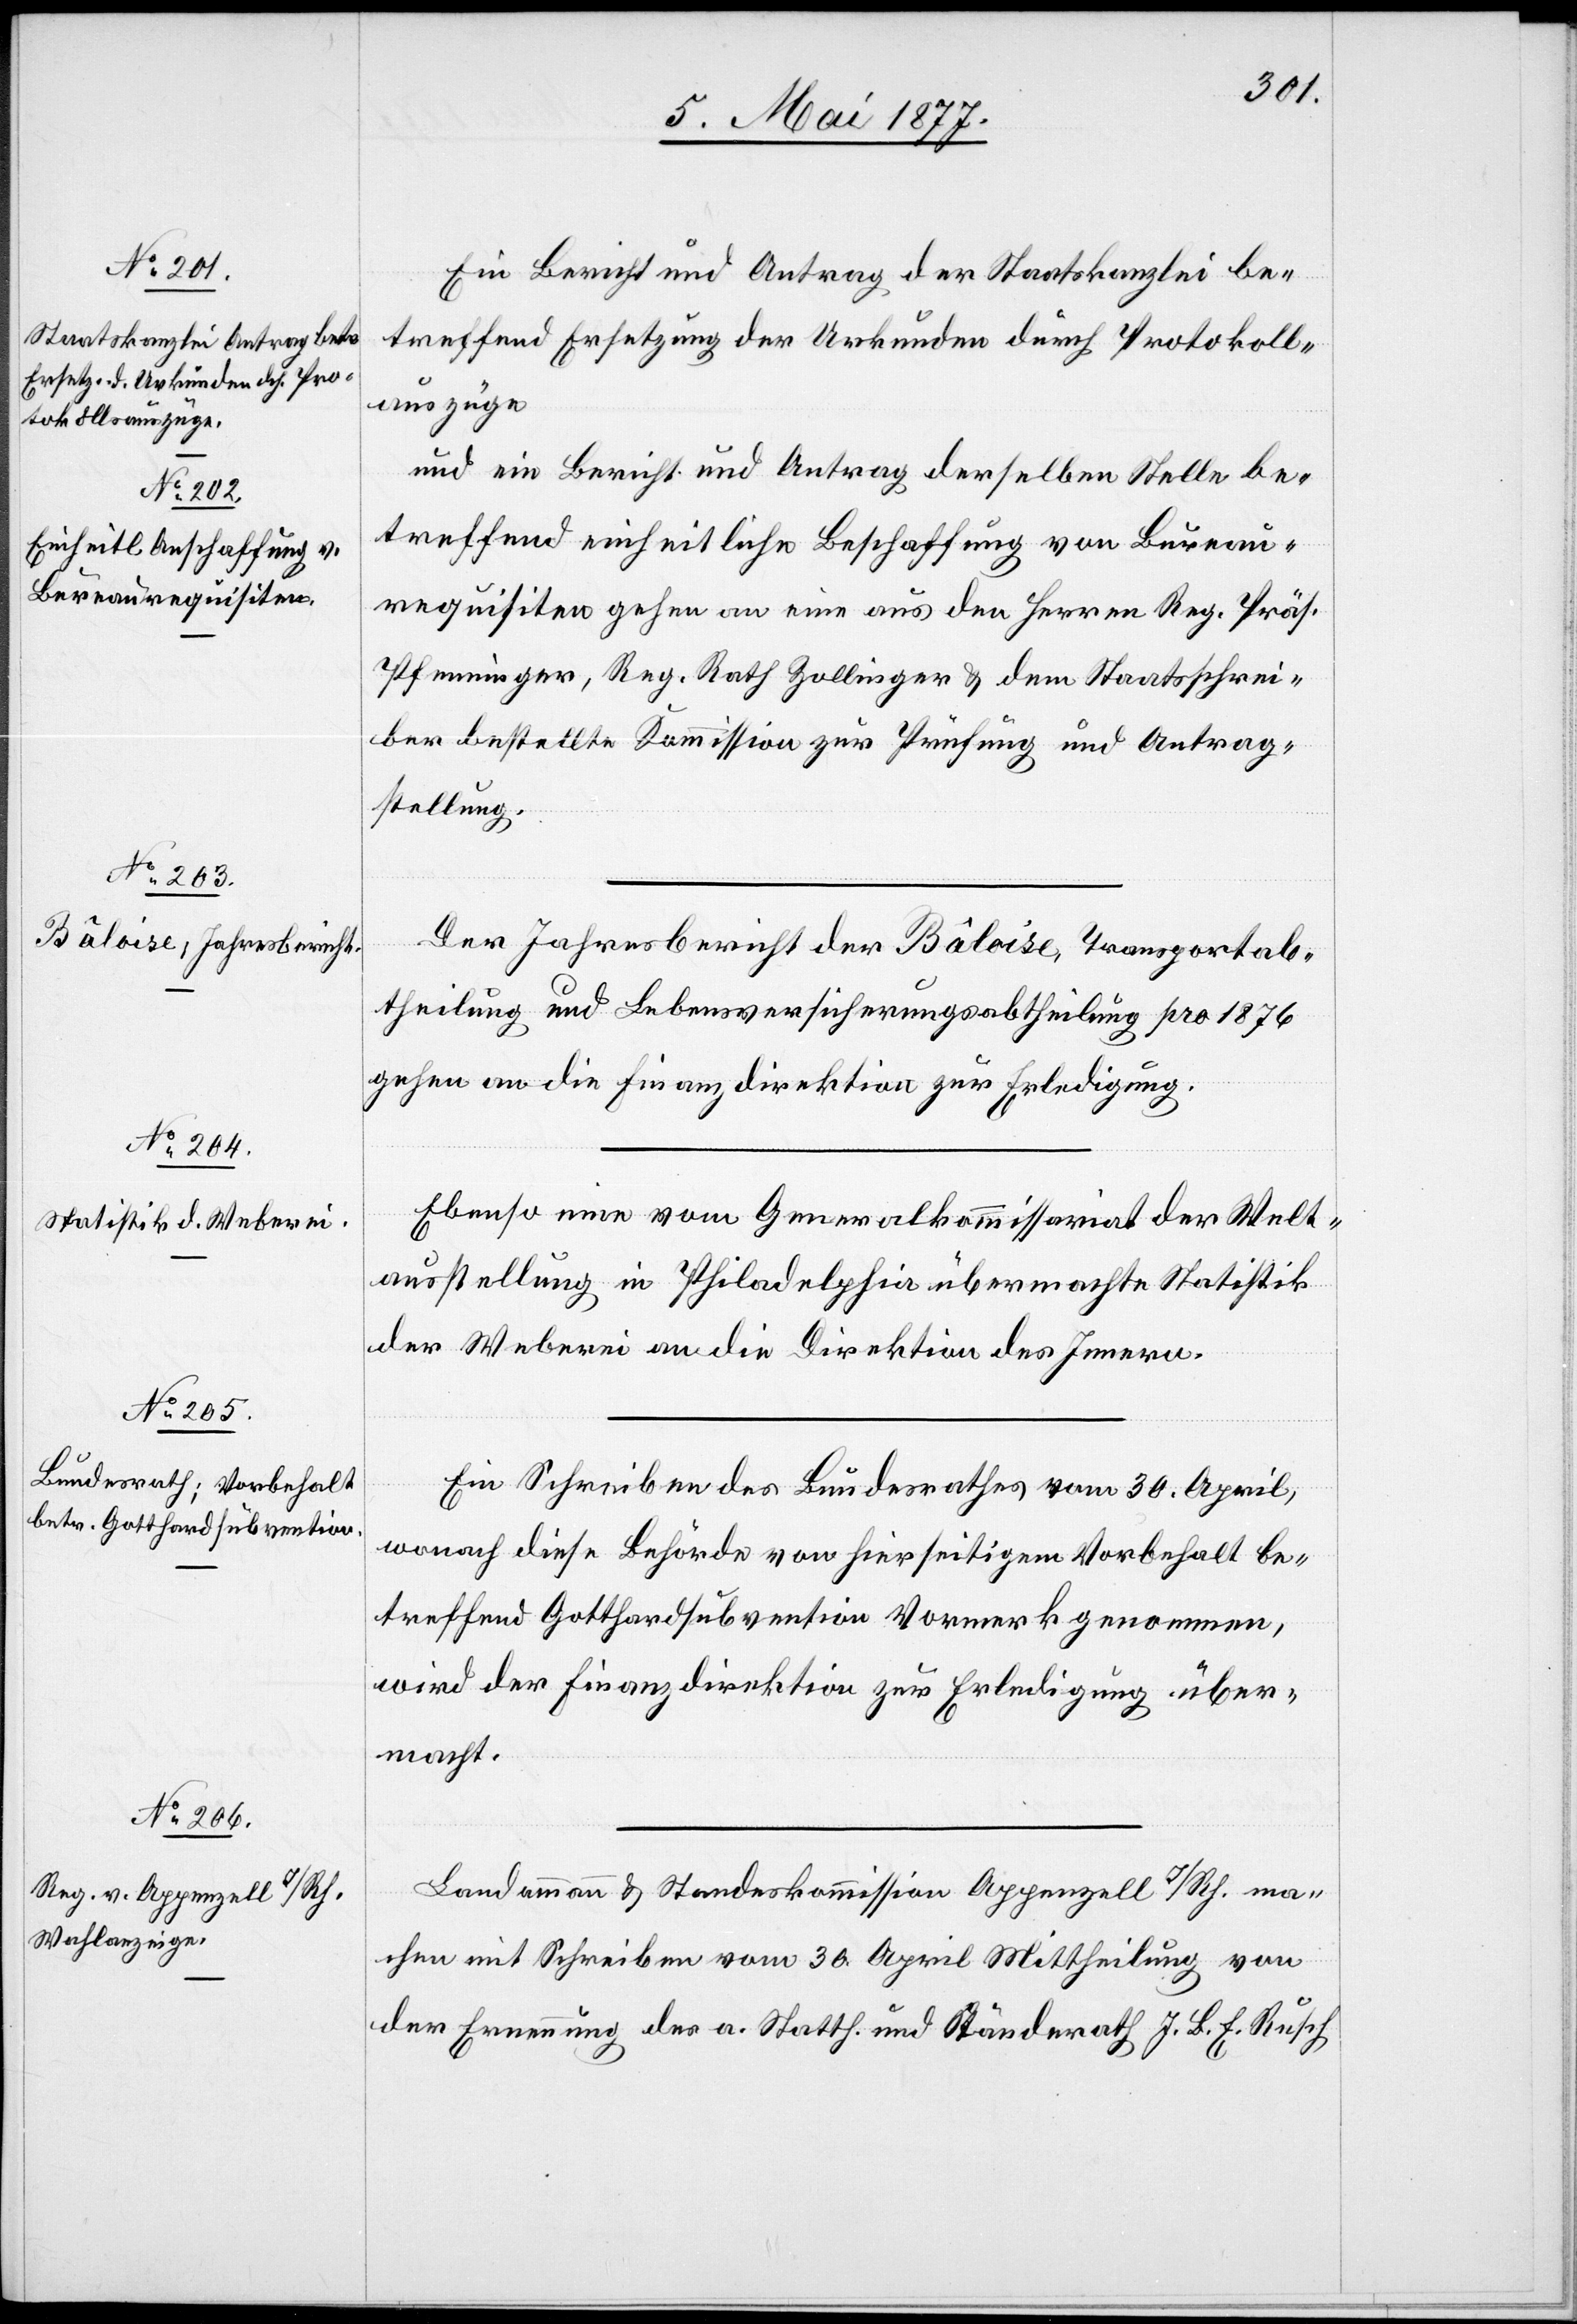
Ein Bericht und Antrag der Staatskanzlei be¬
treffend Ersetzung der Urkunden durch Protokoll¬
auszüge
und ein Bericht und Antrag derselben Stelle be¬
treffend einheitliche Beschaffung von Bureau¬
requisiten gehen an eine aus den Herren Reg. Präs.
Pfenninger, Reg. Rath Zollinger & dem Staatsschrei¬
ber bestellte Kommission zur Prüfung und Antrag¬
stellung.
Der Jahresbericht der Bâloise, Transportab¬
theilung und Lebensversicherungsabtheilung pro 1876
gehen [sic!] an die Finanzdirektion zur Erledigung.
Ebenso eine vom Generalkommissariat der Welt¬
ausstellung in Philadelphia übermachte Statistik
der Weberei an die Direktion des Innern.
Ein Schreiben des Bundesrathes vom 30. April,
wonach diese Behörde von hierseitigem Vorbehalt be¬
treffend Gotthardsubvention Vormerk genommen,
wird der Finanzdirektion zur Erledigung über¬
macht.
Landammann & Standeskommission Appenzell I/Rh. ma¬
chen mit Schreiben vom 30. April Mittheilung von
der Ernennung des a. Statth. und Ständerath J. B. E. Rusch